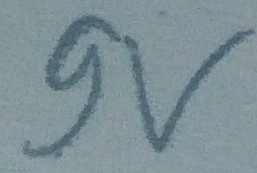
Text: 9v